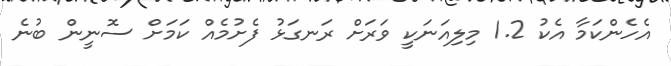
އެހެންކަމާ އެކު 1.2 މިލިއަނަކީ ވަރަށް ރަނގަޅު ފެށުމެއް ކަމަށް ސޮނީން ބުނެ